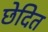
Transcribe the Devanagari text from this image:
छेदित